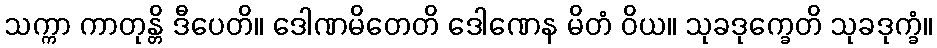
သက္ကာ ကာတုန္တိ ဒီပေတိ။ ဒေါဏမိတေတိ ဒေါဏေန မိတံ ဝိယ။ သုခဒုက္ခေတိ သုခဒုက္ခံ။